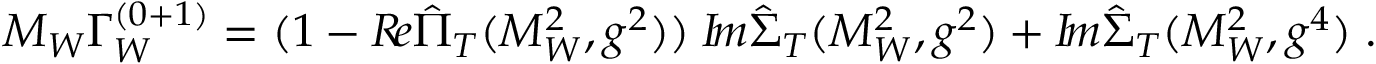
M _ { W } \Gamma _ { W } ^ { ( 0 + 1 ) } = ( 1 - { \cal R } \! e \hat { \Pi } _ { T } ( M _ { W } ^ { 2 } , g ^ { 2 } ) ) \; { \cal I } \! m \hat { \Sigma } _ { T } ( M _ { W } ^ { 2 } , g ^ { 2 } ) + { \cal I } \! m \hat { \Sigma } _ { T } ( M _ { W } ^ { 2 } , g ^ { 4 } ) \; .